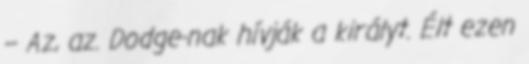
– Az, az. Dodge-nak hívják a királyt. Élt ezen